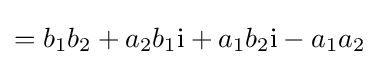
=b_{1}b_{2}+a_{2}b_{1}\mathrm {i} +a_{1}b_{2}\mathrm {i} -a_{1}a_{2}